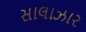
સાલાઝાર